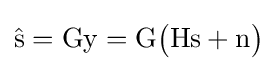
{\hat {\mathrm {s} }}=\mathrm {Gy} =\mathrm {G} {\bigl (}\mathrm {Hs} +\mathrm {n} {\bigr )}